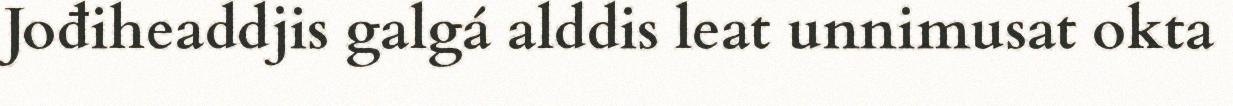
Jođiheaddjis galgá alddis leat unnimusat okta